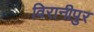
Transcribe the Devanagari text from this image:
विरानीपुर